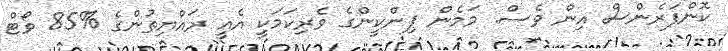
ކޮންފަރެންސް އިން ވެސް. މަމެން ޕިންކީންގެ ވެރިކަަމަކީ އެއީ ރައްޔިތުންގެ %85 ވޯޓް